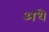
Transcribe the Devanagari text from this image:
अधे